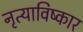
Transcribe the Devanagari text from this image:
नृत्याविष्कार